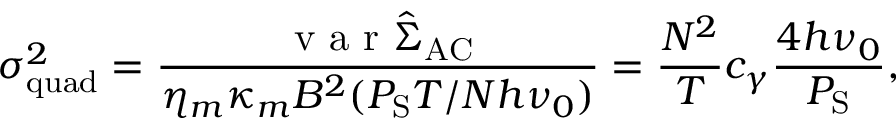
\sigma _ { \mathrm { q u a d } } ^ { 2 } = \frac { \mathrm { ~ v ~ a ~ r ~ } \hat { \Sigma } _ { \mathrm { A C } } } { \eta _ { m } \kappa _ { m } B ^ { 2 } ( P _ { \mathrm { S } } T / N h \nu _ { 0 } ) } = \frac { N ^ { 2 } } { T } c _ { \gamma } \frac { 4 h \nu _ { 0 } } { P _ { \mathrm { S } } } ,